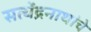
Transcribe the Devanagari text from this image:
सत्येंद्रनाथांचे